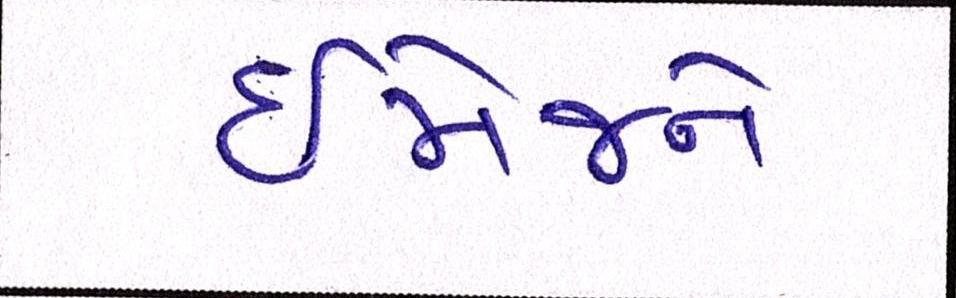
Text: ઈમેજને